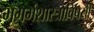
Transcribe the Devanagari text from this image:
भूगर्भशास्त्राविषयी